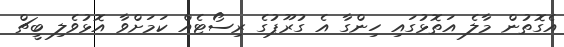
އެގޮތުން މާލެ އަތޮޅުގައި ހިންގާ އެ ގުރޫޕުގެ ރިސޯޓެއް ކަމަށްވާ އޮޅުވެލި ބީޗް